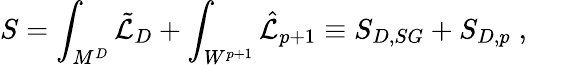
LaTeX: S=\int_{M^{D}}\tilde{{\cal L}}_{D}+\int_{W^{p+1}}\hat{{\cal L}}_{p+1}\equiv S_{D,SG}+S_{D,p}\; ,\qquad